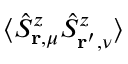
\langle \hat { S } _ { \mathbf { r } , \mu } ^ { z } \hat { S } _ { \mathbf { r } ^ { \prime } , \nu } ^ { z } \rangle